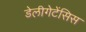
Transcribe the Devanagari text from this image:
डेलीगेटेंसिस